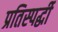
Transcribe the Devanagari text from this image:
प्रतिस्‍पर्द्धी